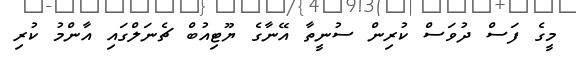
މީގެ ފަސް ދުވަސް ކުރިން ސުނީތާ އޭނާގެ ޔޫޓިއުބް ޗެނަލްގައި އާންމު ކުރި